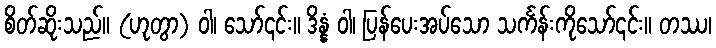
စိတ်ဆိုးသည်။ (ဟုတွာ) ဝါ၊ သော်၎င်း။ ဒိန္နံ ဝါ၊ ပြန်ပေးအပ်သော သင်္ကန်းကိုသော်၎င်း။ တဿ၊